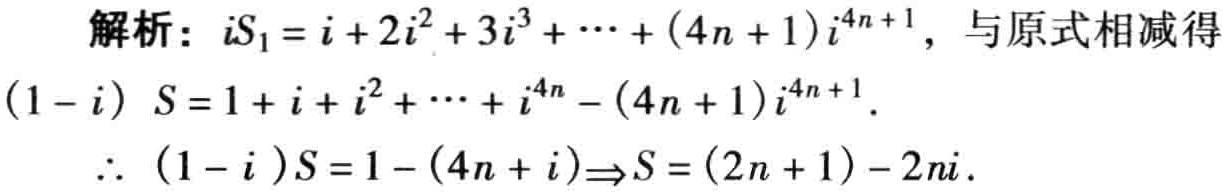
解析：\(iS_{1}=i + 2i^{2}+3i^{3}+\cdots+(4n + 1)i^{4n + 1}\)，与原式相减得

\((1 - i)S=1 + i + i^{2}+\cdots+i^{4n}-(4n + 1)i^{4n + 1}\).

\(\therefore (1 - i)S=1-(4n + i)\Rightarrow S=(2n + 1)-2ni\).